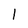
Character: 1